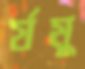
র‍্যমু